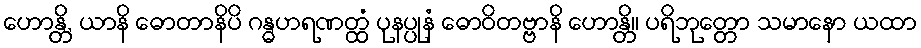
ဟောန္တိ, ယာနိ ဓောတာနိပိ ဂန္ဓဟရဏတ္ထံ ပုနပ္ပုနံ ဓောဝိတဗ္ဗာနိ ဟောန္တိ။ ပရိဘုတ္တော သမာနော ယထာ